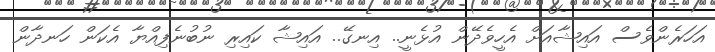
އަހަރެންވެސް އައިޝާއަށް އެހީވެދޭން އުޅެނީ.. އިނގޭ.. އައިޝާ ކައިރި ނުބުނެފިއްޔާ އެކަން ހަނދާން